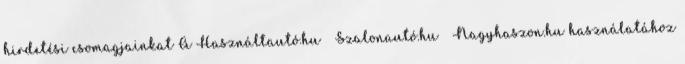
hirdetési csomagjainkat A Használtautó.hu Szalonautó.hu Nagyhaszon.hu használatához